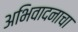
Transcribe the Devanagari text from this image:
अभिवादनाचा